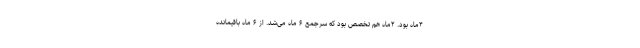
۴ماه بود. ۲ماه هم تخصص بود که سرجمع ۶ ماه می‌شد. از ۶ ماه باقیمانده